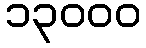
၁၃၀၀၀